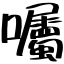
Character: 囑